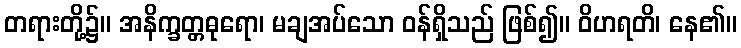
တရားတို့၌။ အနိက္ခတ္တဓုရော၊ မချအပ်သော ဝန်ရှိသည် ဖြစ်၍။ ဝိဟရတိ၊ နေ၏။